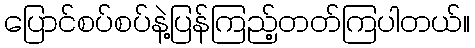
ပြောင်စပ်စပ်နဲ့ပြန်ကြည့်တတ်ကြပါတယ်။